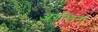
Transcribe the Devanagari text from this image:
अगस्तिना